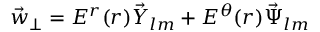
\vec { w } _ { \perp } = E ^ { r } ( r ) \vec { Y } _ { l m } + E ^ { \theta } ( r ) \vec { \Psi } _ { l m }